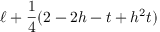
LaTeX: \ell + \frac { 1 } { 4 } ( 2 - 2 h - t + h ^ { 2 } t )